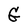
Character: G